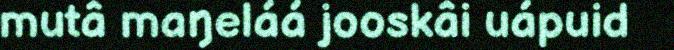
mutâ maŋeláá jooskâi uápuid